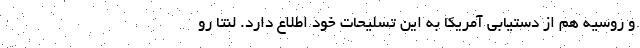
و روسیه هم از دستیابی آمریکا به این تسلیحات خود اطلاع دارد. لنتا رو